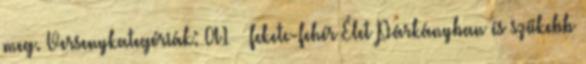
meg. Versenykategóriák: A1 – fekete-fehér Élet Párkányban és szűkebb